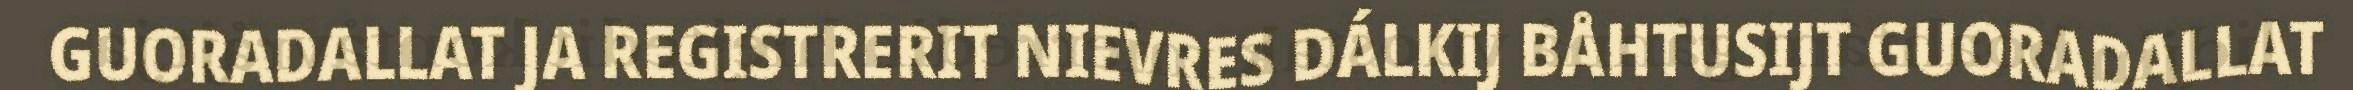
GUORADALLAT JA REGISTRERIT NIEVRES DÁLKIJ BÅHTUSIJT GUORADALLAT